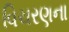
વિચરણના